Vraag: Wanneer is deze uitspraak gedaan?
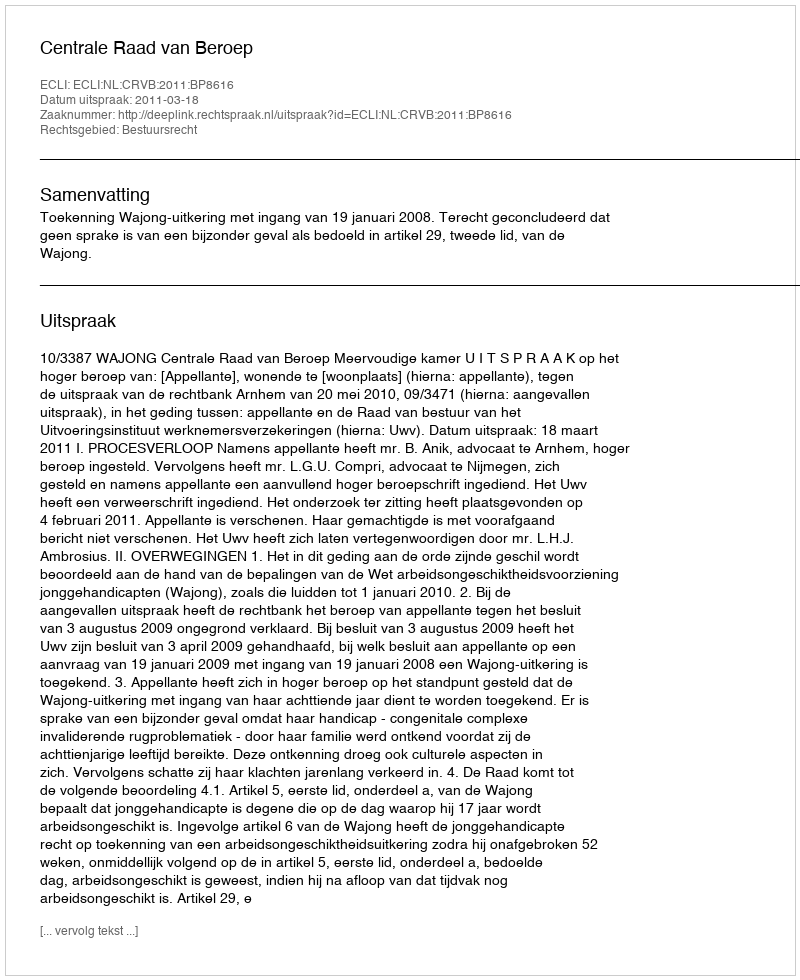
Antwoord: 2011-03-18